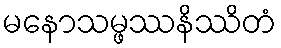
မနောသမ္ဖဿနိဿိတံ